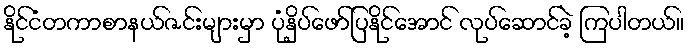
နိုင်ငံတကာစာနယ်ဇင်းများမှာ ပုံနှိပ်ဖော်ပြနိုင်အောင် လုပ်ဆောင်ခဲ့ ကြပါတယ်။